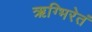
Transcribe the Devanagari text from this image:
ऋग्भिरेतं